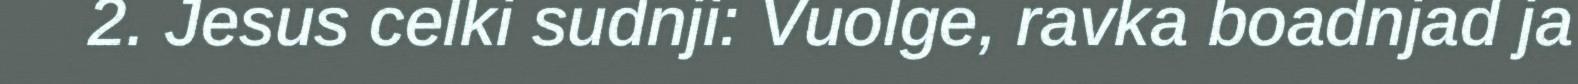
2. Jesus celki sudnji: Vuolge, ravka boadnjad ja